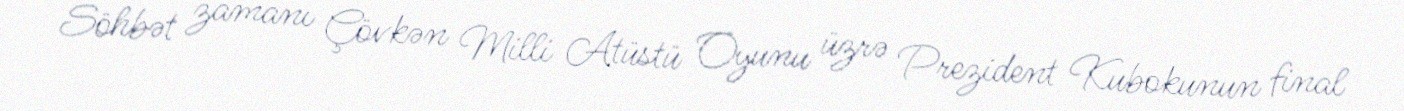
Söhbət zamanı Çövkən Milli Atüstü Oyunu üzrə Prezident Kubokunun final